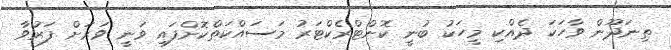
ތިނަދޫން ވާހަކަ ދެއްކި މީހަކު ބުނީ ކޮންޓްރެކްޓަރު މަސައްކަތްކޮށްފައި ވަނީ ވަރަށް ފަރުވާ